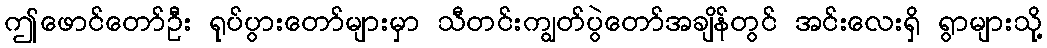
ဤဖောင်တော်ဦး ရုပ်ပွားတော်များမှာ သီတင်းကျွတ်ပွဲတော်အချိန်တွင် အင်းလေးရှိ ရွာများသို့